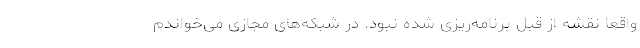
واقعا نقشه از قبل برنامه‌ریزی شده نبود. در شبکه‌های مجازی می‌خواندم